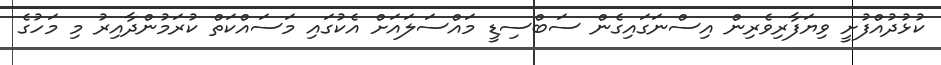
ކުޅުދުއްފުށީ ވިޔަފާރިވެރިން އިސްނަގައިގެން ސަބްސިޑީ މައްސަލައަށް އެކުގައި މަސައްކަތް ކުރަމުންދާއިރު މި މަހުގެ